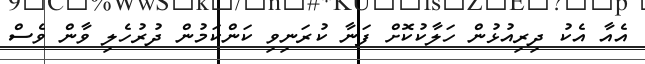
އެއާ އެކު ދިރިއުޅުން ހަލާކުކޮށް ފަނާ ކުރަނިވި ކަންކަމުން ދުރުހެލި ވާން ވެސް